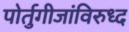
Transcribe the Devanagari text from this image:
पोर्तुगीजांविरुध्द